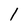
Character: l